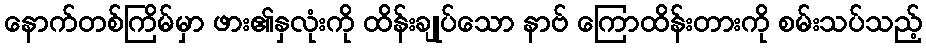
နောက်တစ်ကြိမ်မှာ ဖား၏နှလုံးကို ထိန်းချုပ်သော နာဗ် ကြောထိန်းတားကို စမ်းသပ်သည့်